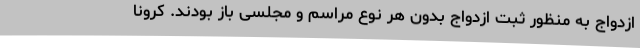
ازدواج به منظور ثبت ازدواج بدون هر نوع مراسم و مجلسی باز بودند. کرونا